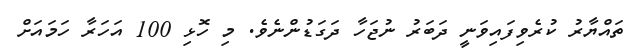
ތައްޔާރު ކުރެވިފައިވަނީ ދަބަރު ނުޖަހާ ދަގަޑުންނެވެ. މި ހޮޅި 100 އަހަރާ ހަމައަށް